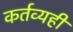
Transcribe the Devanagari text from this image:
कर्तव्यही